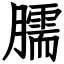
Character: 臑